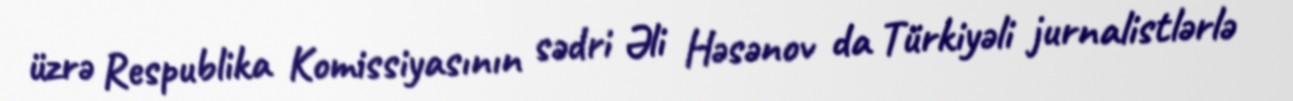
üzrə Respublika Komissiyasının sədri Əli Həsənov da Türkiyəli jurnalistlərlə